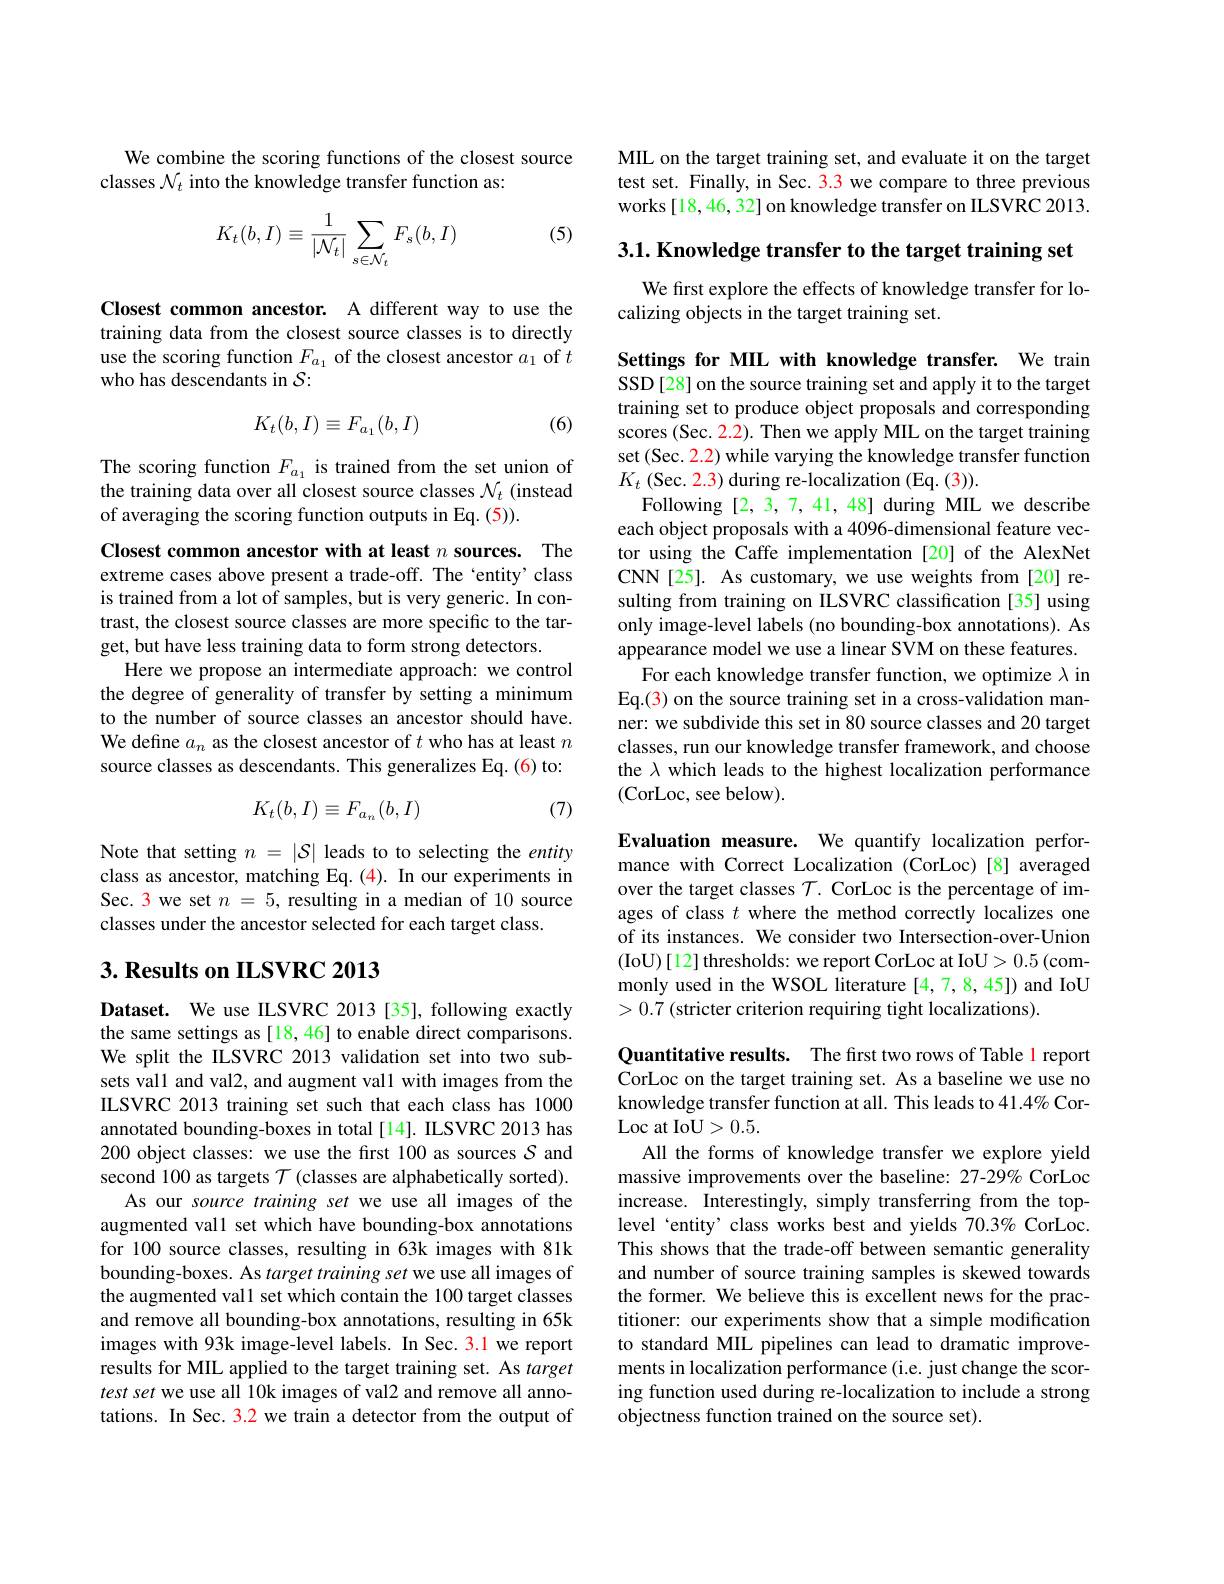
We combine the scoring functions of the closest source
classes $\mathcal{N}_t$ into the knowledge transfer function as:

(5)
$$K_t(b,I)\equiv\frac{1}{|\mathcal{N}_t|}\sum_{s\in\mathcal{N}_t}F_s(b,I)$$
Closest common ancestor. A different way to use the training data from the closest source classes is to directly use the scoring function $F_{a_1}$ of the closest ancestor $a_1$ of $t$ who has descendants in $\mathcal{S}:$

(6)
$$K_t(b,I)\equiv F_{a_1}(b,I)$$
The scoring function $F_{a_1}$ is trained from the set union of the training data over all closest source classes $\mathcal{N}_t$ (instead of averaging the scoring function outputs in Eq. (5)).

Closest common ancestor with at least $n$ sources. The extreme cases above present a trade-off. The 'entity' class is trained from a lot of samples, but is very generic. In contrast, the closest source classes are more specific to the target, but have less training data to form strong detectors.
Here we propose an intermediate approach: we control the degree of generality of transfer by setting a minimum to the number of source classes an ancestor should have. We define $a_n$ as the closest ancestor of $t$ who has at least $n$ source classes as descendants. This generalizes Eq. (6) to:

(7)
$$K_t(b,I)\equiv F_{a_n}(b,I)$$
Note that setting $n=|\mathcal{S}|$ leads to to selecting the entity class as ancestor, matching Eq.(4). In our experiments in Sec. 3 we set $n=5$, resulting in a median of 10 source classes under the ancestor selected for each target class.

## 3. Results on ILSVRC 2013

Dataset. We use ILSVRC 2013 [35], following exactly the same settings as [18, 46] to enable direct comparisons. We split the ILSVRC 2013 validation set into two subsets val1 and val2, and augment vall with images from the ILSVRC 2013 training set such that each class has 1000 annotated bounding-boxes in total[14]. ILSVRC 2013 has 200 object classes: we use the first 100 as sources $\mathcal{S}$ and second 100 as targets $\mathcal{T}$ (classes are alphabetically sorted).
As our source training set we use all images of the augmented val1 set which have bounding-box annotations for 100 source classes, resulting in 63k images with 81k bounding-boxes. As target training set we use all images of the augmented val1 set which contain the 100 target classes and remove all bounding-box annotations, resulting in 65k images with 93k image-level labels. In Sec. 3.1 we report results for MIL applied to the target training set. As target test set we use all 10k images of val2 and remove all annotations. In Sec. 3.2 we train a detector from the output of

MIL on the target training set, and evaluate it on the target test set. Finally, in Sec. 3.3 we compare to three previous works[18,46,32] on knowledge transfer on ILSVRC 2013.

3.1. Knowledge transfer to the target training set

We first explore the effects of knowledge transfer for lo-
calizing objects in the target training set.

Settings for MIL with knowledge transfer. We train SSD[28] on the source training set and apply it to the target training set to produce object proposals and corresponding scores (Sec. 2.2). Then we apply MIL on the target training set (Sec. 2.2) while varying the knowledge transfer function $K_t$ (Sec. 2.3) during re-localization (Eq. (3)).
Following [2,3,7,41,48] during MIL we describe each object proposals with a 4096-dimensional feature vector using the Caffe implementation [20] of the AlexNet CNN[25]. As customary, we use weights from [20] resulting from training on ILSVRC classification [35] using only image-level labels (no bounding-box annotations). As appearance model we use a linear SVM on these features.
For each knowledge transfer function, we optimize $\lambda$ in Eq.(3) on the source training set in a cross-validation manner: we subdivide this set in 80 source classes and 20 target classes, run our knowledge transfer framework, and choose the $\lambda$ which leads to the highest localization performance (CorLoc, see below).

Evaluation measure. We quantify localization performance with Correct Localization (CorLoc)[8] averaged over the target classes $\mathcal{T}.$ CorLoc is the percentage of images of class $t$ where the method correctly localizes one of its instances. We consider two Intersection-over-Union ( IoU) [ 12] thresholds: we report CorLoc at IoU> 0. 5 ( com- ) monly used in the WSOL literature [4,7,8,45]) and IoU >0.7 (stricter criterion requiring tight localizations).

Quantitative results. The first two rows of Table l report CorLoc on the target training set. As a baseline we use no knowledge transfer function at all. This leads to 41.4% CorLoc at IoU>0.5.
All the forms of knowledge transfer we explore yield massive improvements over the baseline: 27-29% CorLoc increase. Interestingly, simply transferring from the toplevel‘entity’ class works best and yields 70.3% CorLoc. This shows that the trade-off between semantic generality and number of source training samples is skewed towards the former. We believe this is excellent news for the practitioner: our experiments show that a simple modification to standard MIL pipelines can lead to dramatic improvements in localization performance (i.e. just change the scoring function used during re-localization to include a strong objectness function trained on the source set).